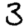
Digit: 3